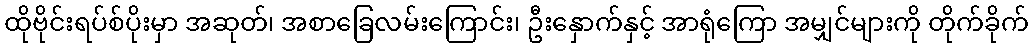
ထိုဗိုင်းရပ်စ်ပိုးမှာ အဆုတ်၊ အစာခြေလမ်းကြောင်း၊ ဦးနှောက်နှင့် အာရုံကြော အမျှင်များကို တိုက်ခိုက်